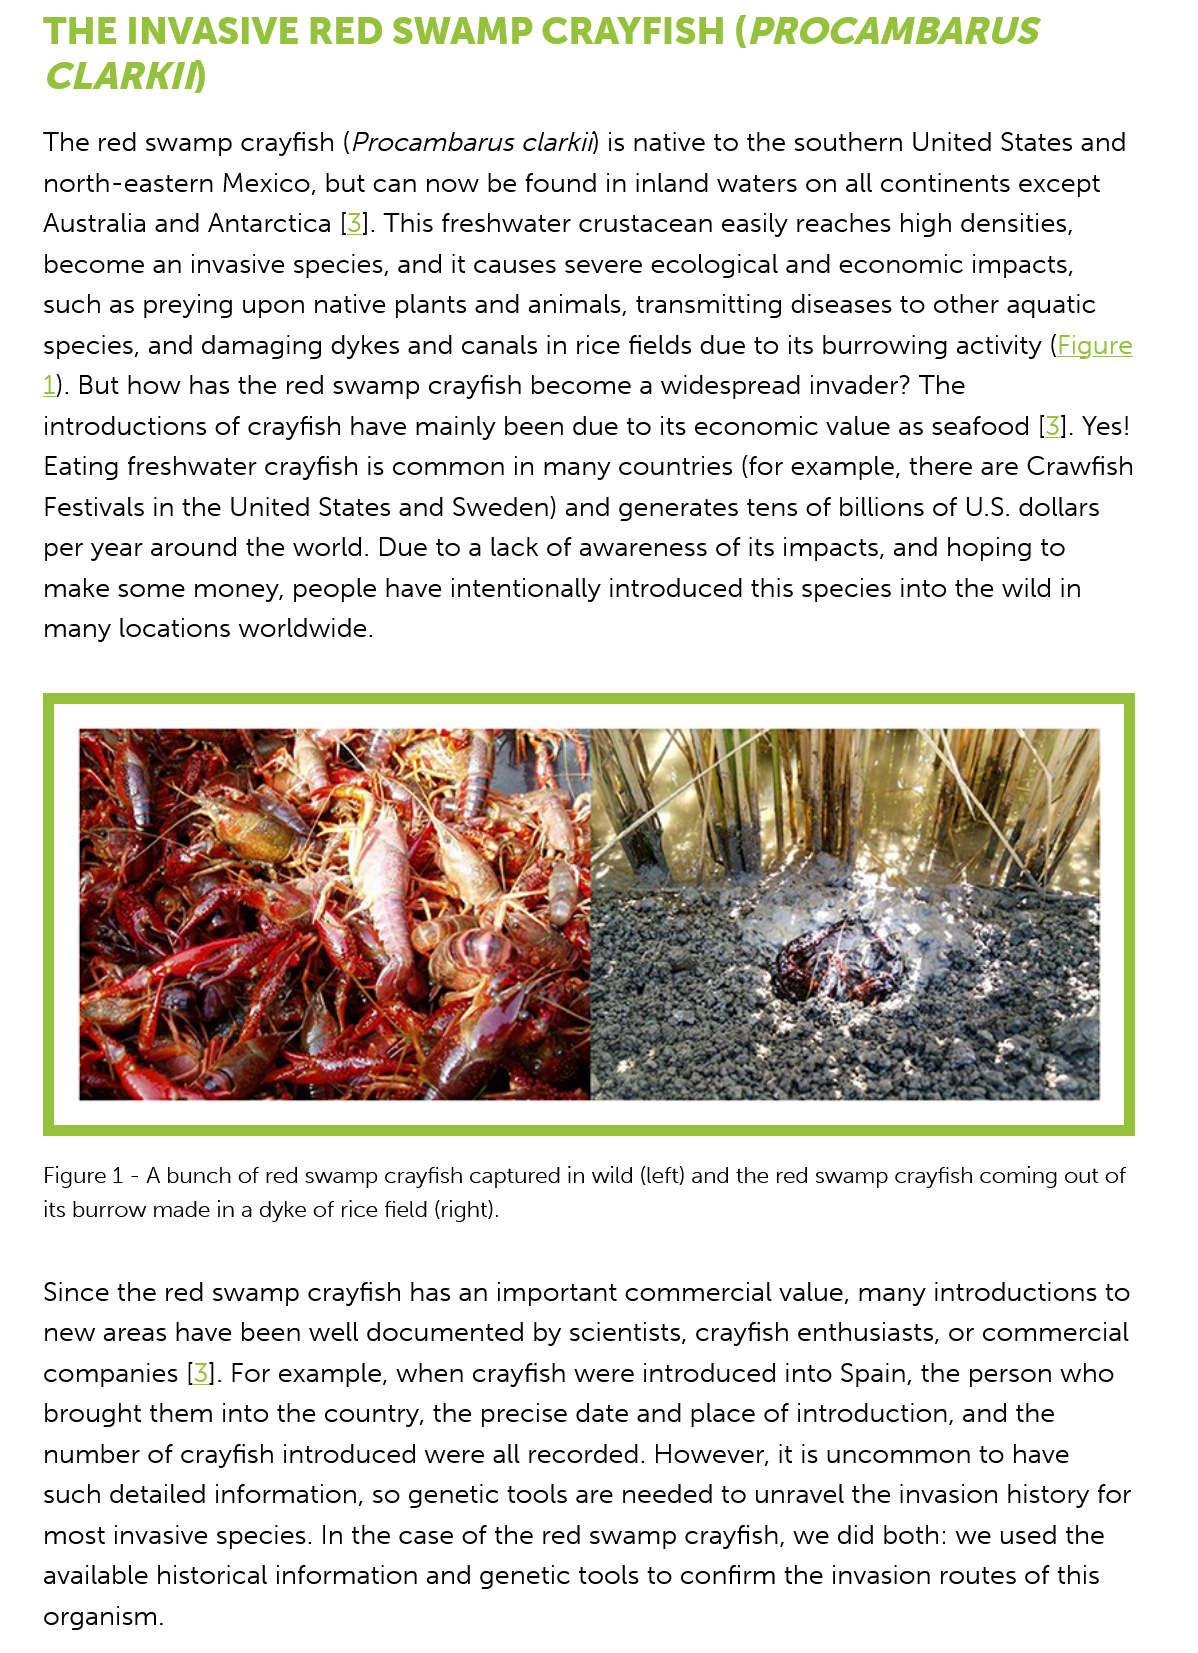
THE   INVASIVE    RED   SWAMP    CRAYFISH    (PROCAMBARUS
    CLARKIN
    The red swamp crayfish (Procambarus clarkil) is native to the southern United States and
    north-eastern Mexico, but can now be found in inland waters on all continents except
    Australia and Antarctica [3]. This freshwater crustacean easily reaches high densities,
    become an invasive species, and it causes severe ecological and economic impacts,
    such as preying upon native plants and animals, transmitting diseases to other aquatic
    species, and damaging dykes and canals in rice fields due to its burrowing activity (Figure
    1). But how has the red swamp crayfish become a widespread invader? The
    introductions of crayfish have mainly been due to its economic value as seafood [3]. Yes!
    Eating freshwater crayfish is common in many countries (for example, there are Crawfish
    Festivals in the United States and Sweden) and generates tens of billions of U.S. dollars
    per year around the world. Due to a lack of awareness of its impacts, and hoping to
    make some  money, people have intentionally introduced this species into the wild in
    many locations worldwide.
    Figure 1
     -
     A bunch of red swamp crayfish captured in wild (left) and the red swamp crayfish coming out of
    its burrow made in a dyke of rice field (right).
    Since the red swamp crayfish has an important commercial value, many introductions to
    new areas have been well documented by scientists, crayfish enthusiasts, or commercial
    companies [3]. For example, when crayfish were introduced into Spain, the person who
    brought them into the country, the precise date and place of introduction, and the
    number of crayfish introduced were all recorded. However, it is uncommon to have
    such detailed information, so genetic tools are needed to unravel the invasion history for
    most invasive species. In the case of the red swamp crayfish, we did both: we used the
    available historical information and genetic tools to confirm the invasion routes of this
    organism.